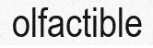
olfactible